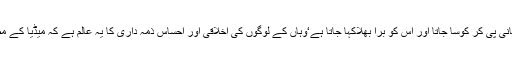
حالانکہ وہی امریکہ جس کے افغانستان اور عراق وغیرہ پر مبینہ ظلم و ستم کے واقعات پر دن رات پانی پی کر کوسا جاتا اور اس کو برا بھلاکہا جاتا ہے‘وہاں کے لوگوں کی اخلاقی اور احساس ذمہ داری کا یہ عالم ہے کہ میڈیا کے مطابق 1999میں امریکہ کے کسی ڈیری فارم میں ایک گائے کو ’منہ کھری‘ کی بیماری ہو گئی تھی۔